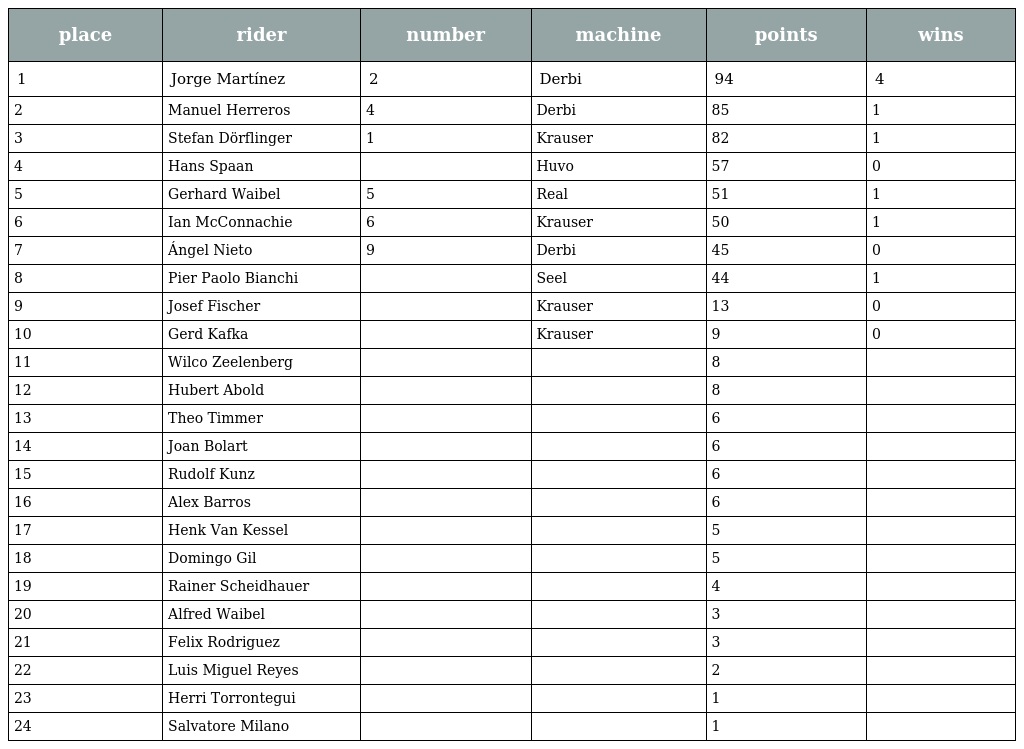
| place | rider | number | machine | points | wins |
 | --- | --- | --- | --- | --- | --- |
 | 1 | Jorge Martínez | 2 | Derbi | 94 | 4 |
 | 2 | Manuel Herreros | 4 | Derbi | 85 | 1 |
 | 3 | Stefan Dörflinger | 1 | Krauser | 82 | 1 |
 | 4 | Hans Spaan |  | Huvo | 57 | 0 |
 | 5 | Gerhard Waibel | 5 | Real | 51 | 1 |
 | 6 | Ian McConnachie | 6 | Krauser | 50 | 1 |
 | 7 | Ángel Nieto | 9 | Derbi | 45 | 0 |
 | 8 | Pier Paolo Bianchi |  | Seel | 44 | 1 |
 | 9 | Josef Fischer |  | Krauser | 13 | 0 |
 | 10 | Gerd Kafka |  | Krauser | 9 | 0 |
 | 11 | Wilco Zeelenberg |  |  | 8 |  |
 | 12 | Hubert Abold |  |  | 8 |  |
 | 13 | Theo Timmer |  |  | 6 |  |
 | 14 | Joan Bolart |  |  | 6 |  |
 | 15 | Rudolf Kunz |  |  | 6 |  |
 | 16 | Alex Barros |  |  | 6 |  |
 | 17 | Henk Van Kessel |  |  | 5 |  |
 | 18 | Domingo Gil |  |  | 5 |  |
 | 19 | Rainer Scheidhauer |  |  | 4 |  |
 | 20 | Alfred Waibel |  |  | 3 |  |
 | 21 | Felix Rodriguez |  |  | 3 |  |
 | 22 | Luis Miguel Reyes |  |  | 2 |  |
 | 23 | Herri Torrontegui |  |  | 1 |  |
 | 24 | Salvatore Milano |  |  | 1 |  |